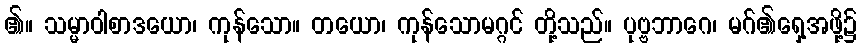
၏။ သမ္မာဝါစာဒယော၊ ကုန်သော။ တယော၊ ကုန်သောမဂ္ဂင် တို့သည်။ ပုဗ္ဗဘာဂေ၊ မဂ်၏ရှေ့အဖို့၌